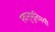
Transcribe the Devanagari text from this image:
स्वानुभूतिमयी